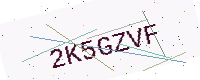
Text: 2K5GZVF